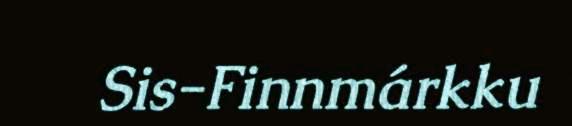
Sis-Finnmárkku